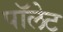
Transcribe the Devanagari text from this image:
पॉलेट